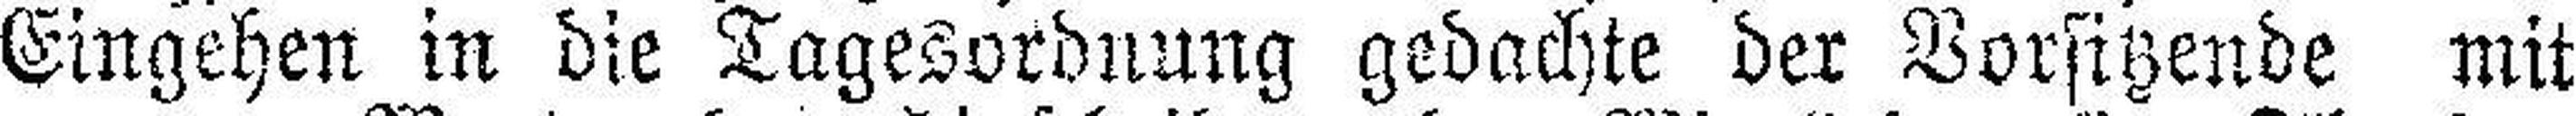
Eingehen in die Tagesordnung gedachte der Vorsitzende mit